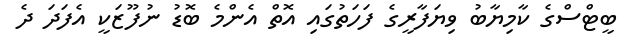
ބީޓްސްގެ ކާމިޔާބު ވިޔަފާރީގެ ފަހަތުގައި އޮތް އެންމެ ބޮޑު ނުފޫޒަކީ އެފަދަ ދެ